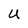
Character: u